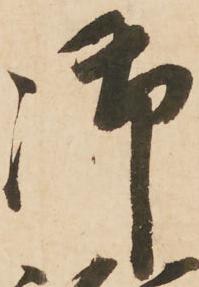
御